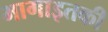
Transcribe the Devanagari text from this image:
भागाइतकी